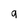
Character: q